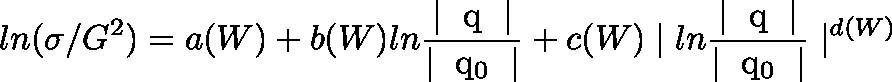
l n ( \sigma / G ^ { 2 } ) = a ( W ) + b ( W ) l n { \frac { \mid \mathrm { \boldmath ~ q ~ } \mid } { \mid \mathrm { \boldmath ~ q _ { 0 } ~ } \mid } } + c ( W ) \mid l n { \frac { \mid \mathrm { \boldmath ~ q ~ } \mid } { \mid \mathrm { \boldmath ~ q _ { 0 } ~ } \mid } } \mid ^ { d ( W ) }